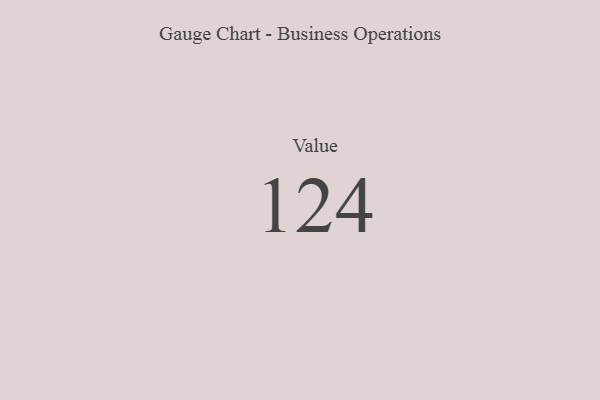
{"axis": {"x": "Metric", "y": "Value"}, "legend": [""], "data": [{"x": "Value", "y": 124, "type": ""}]}